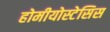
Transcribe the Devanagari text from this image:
होमीयोस्टेसिस